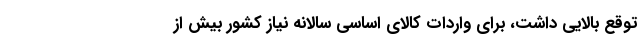
توقع بالایی داشت، برای واردات کالای اساسی سالانه نیاز کشور بیش از